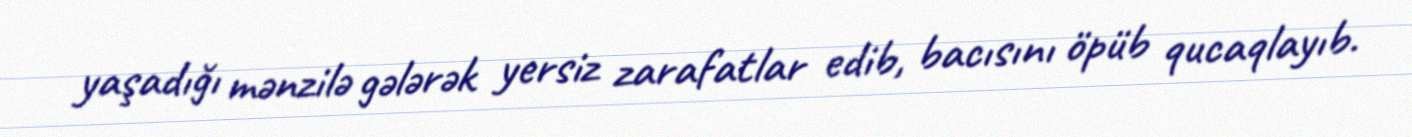
yaşadığı mənzilə gələrək yersiz zarafatlar edib, bacısını öpüb qucaqlayıb.